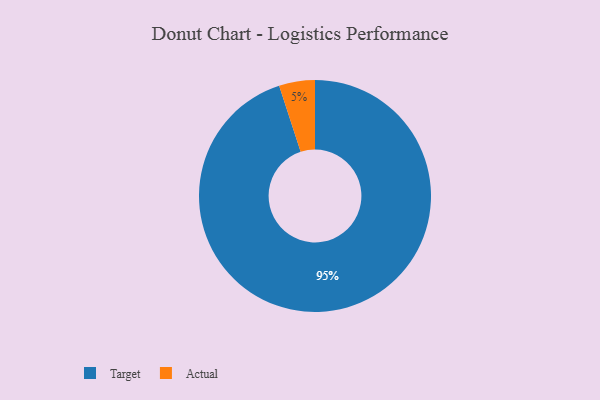
{"axis": {"x": "Category", "y": "Percentage"}, "legend": ["Actual", "Target"], "data": [{"x": "Target", "y": 95, "type": "Target"}, {"x": "Actual", "y": 5, "type": "Actual"}]}